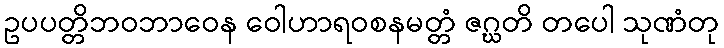
ဥပပတ္တိဘဝဘာဝေန ဝေါဟာရဝစနမတ္တံ ဇဂ္ဃတိ တပေါ သုဏံတု